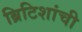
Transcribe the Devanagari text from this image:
ब्रिटिशांची